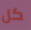
كل